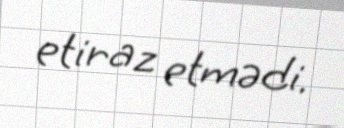
etiraz etmədi.